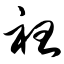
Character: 袒